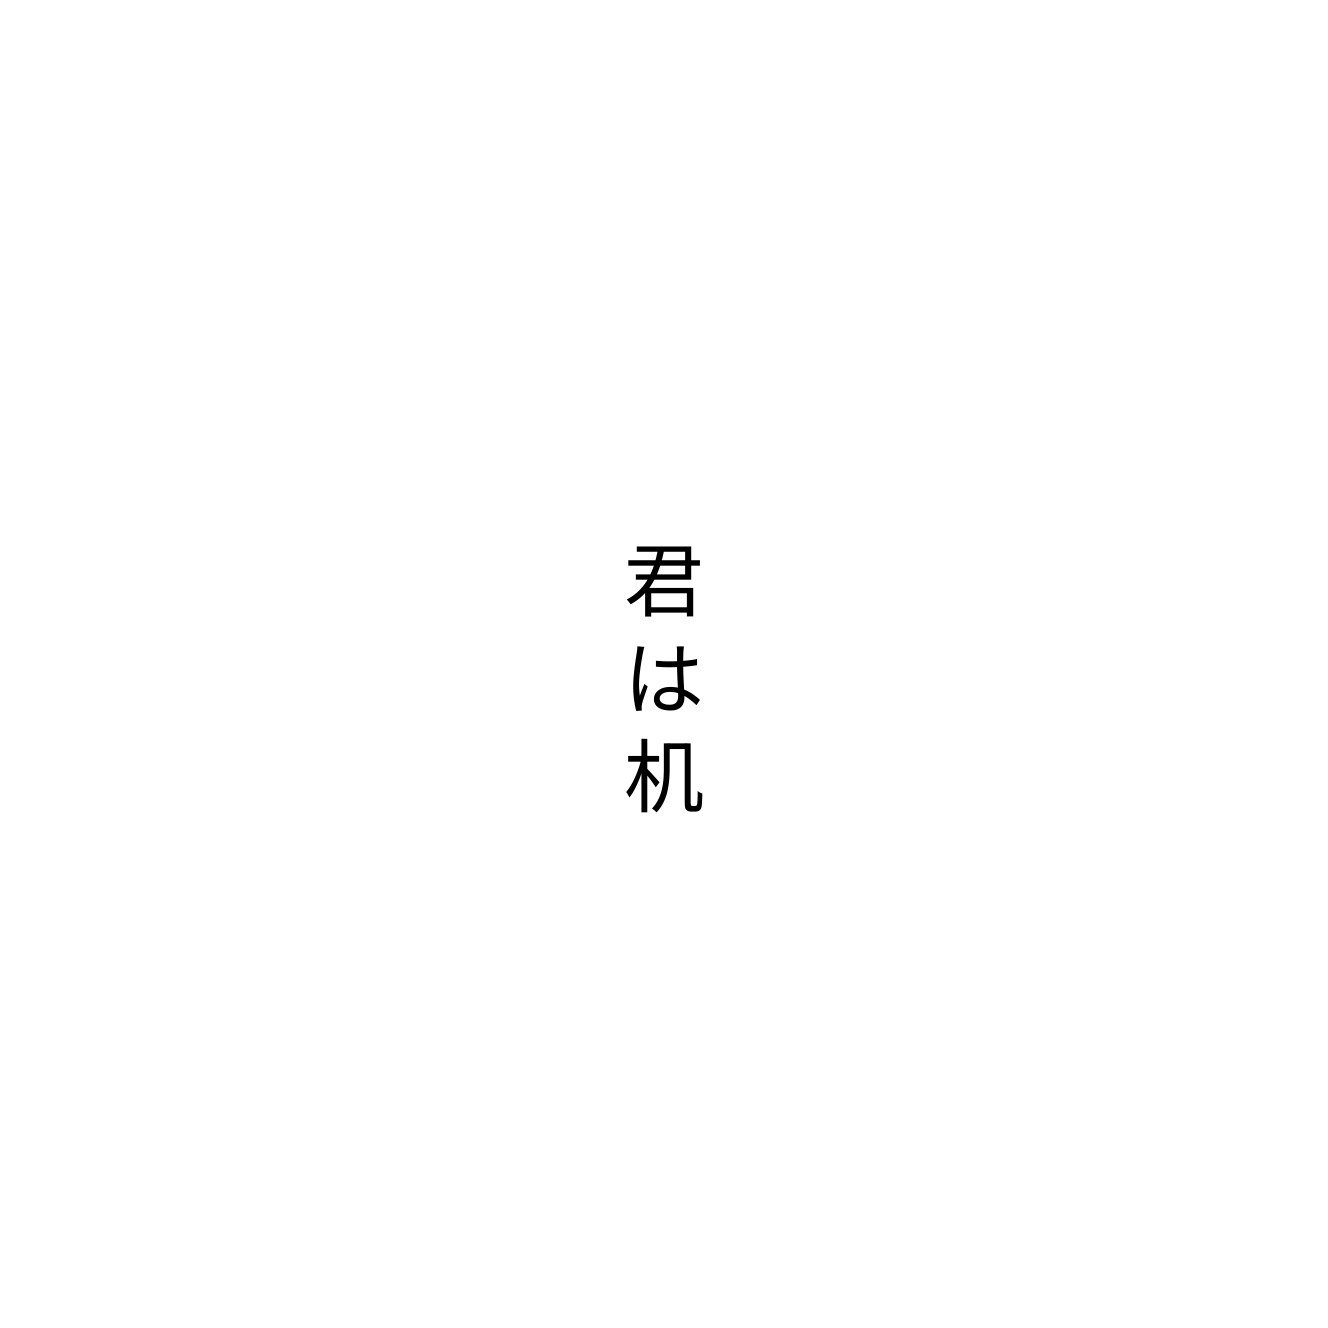
君は机